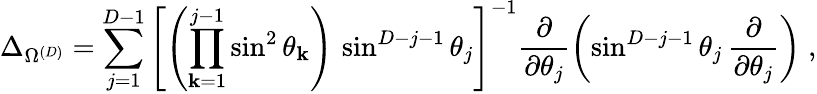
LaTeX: \Delta_{\Omega^{({D})}}=\sum_{j=1}^{{D}-1}\left[\left(\prod_{\mathbf{k}=1}^{j-1}\sin^{2}\theta_{\mathbf{k}}\right)\, \sin^{{D}-j-1}\theta_{j}\right]^{-1}\frac{{\partial}}{{\partial\theta_{j}}}\left(\sin^{{D}-j-1}\theta_{j}\, \frac{{\partial}}{{\partial\theta_{j}}}\right)\; ,